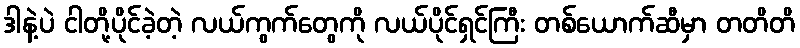
ဒါနဲ့ပဲ ငါတို့ပိုင်ခဲ့တဲ့ လယ်ကွက်တွေကို လယ်ပိုင်ရှင်ကြီး တစ်ယောက်ဆီမှာ တတိတိ